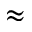
\approx